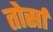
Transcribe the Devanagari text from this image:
तोर्सा